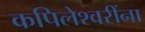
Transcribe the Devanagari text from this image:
कपिलेश्वरींना